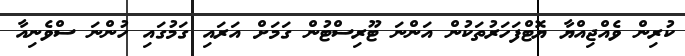
ކުރިން ވެއްޖިއްޔާ ޔޮޓްފަހަރުތަކުން އަންނަ ޓޫރިސްޓުން ގަމަށް އަރައި ގަމުގައި ހުންނަ ސްވެނިއާ